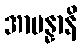
အာပန္နာနိ